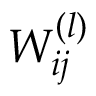
W _ { i j } ^ { ( l ) }